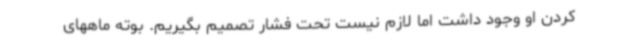
کردن او وجود داشت اما لازم نیست تحت فشار تصمیم بگیریم. بوته ماههای